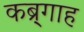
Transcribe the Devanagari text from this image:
कब्र्गाह